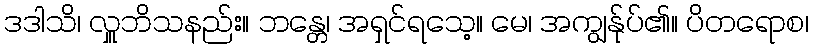
ဒဒါသိ၊ လှူဘိသနည်း။ ဘန္တေ၊ အရှင်ရသေ့။ မေ၊ အကျွန်ုပ်၏။ ပိတရောစ၊